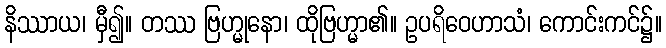
နိဿာယ၊ မှီ၍။ တဿ ဗြဟ္မုနော၊ ထိုဗြဟ္မာ၏။ ဥပရိဝေဟာသံ၊ ကောင်းကင်၌။